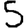
Digit: 5